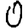
Digit: 0